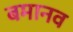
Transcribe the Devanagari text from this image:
बमानव